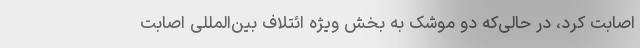
اصابت کرد، در حالی‌که دو موشک به بخش ویژه ائتلاف بین‌المللی اصابت